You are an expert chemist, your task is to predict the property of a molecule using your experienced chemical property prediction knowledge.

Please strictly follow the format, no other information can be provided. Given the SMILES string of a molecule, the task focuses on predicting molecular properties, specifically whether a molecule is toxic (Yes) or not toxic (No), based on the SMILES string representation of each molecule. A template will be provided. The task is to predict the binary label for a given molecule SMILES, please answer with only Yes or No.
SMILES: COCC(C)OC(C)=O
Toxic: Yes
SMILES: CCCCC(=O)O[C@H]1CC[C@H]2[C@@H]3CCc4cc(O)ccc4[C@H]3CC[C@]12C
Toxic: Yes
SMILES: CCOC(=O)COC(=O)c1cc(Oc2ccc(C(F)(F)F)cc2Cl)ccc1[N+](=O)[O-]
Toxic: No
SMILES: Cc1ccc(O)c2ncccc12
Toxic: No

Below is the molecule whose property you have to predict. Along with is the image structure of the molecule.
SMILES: CS(=O)(=O)c1ccc([C@@H](CC2CCCC2)C(=O)Nc2cnccn2)cc1Cl
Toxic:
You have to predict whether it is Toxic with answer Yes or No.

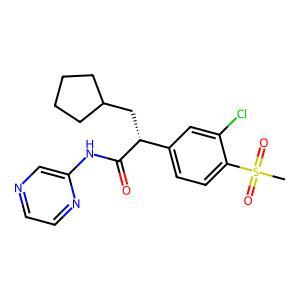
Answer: No